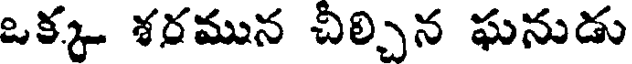
ఒక్క శరమున చీల్చిన ఘనుడు